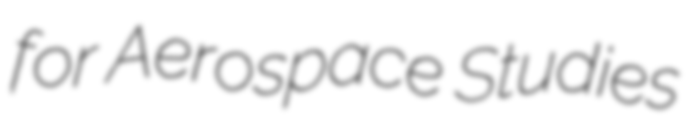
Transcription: for Aerospace Studies